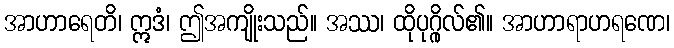
အာဟာရေတိ၊ ဣဒံ၊ ဤအကျိုးသည်။ အဿ၊ ထိုပုဂ္ဂိုလ်၏။ အာဟာရာဟရဏေ၊